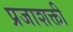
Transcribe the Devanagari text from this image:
प्रजाशक्ती